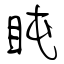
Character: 盹